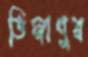
ডিম্বাণুর